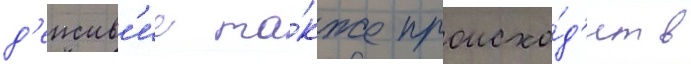
д'еиств'ие та́кже происхо́д'ит в